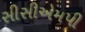
સીસીએમપી